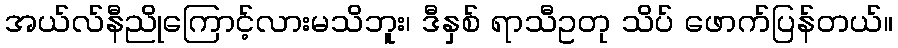
အယ်လ်နီညိုကြောင့်လားမသိဘူး၊ ဒီနှစ် ရာသီဥတု သိပ် ဖောက်ပြန်တယ်။